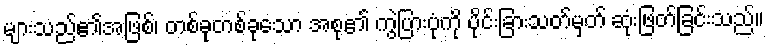
များသည်၏အဖြစ်၊ တစ်ခုတစ်ခုသော အစု၏ ကွဲပြားပုံကို ပိုင်းခြားသတ်မှတ် ဆုံးဖြတ်ခြင်းသည်။